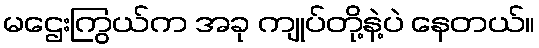
မဌေးကြွယ်က အခု ကျုပ်တို့နဲ့ပဲ နေတယ်။